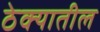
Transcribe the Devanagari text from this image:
ठेक्‍यातील